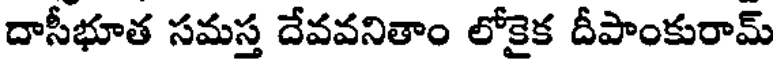
దాసీభూత సమస్త దేవవనితాం లోకైక దీపాంకురామ్